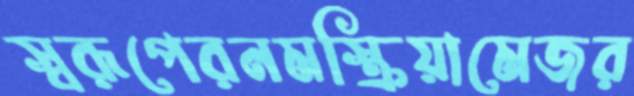
স্বরূপেরনমস্ক্রিয়ামেজর